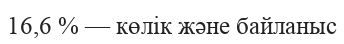
16,6 % — көлік және байланыс